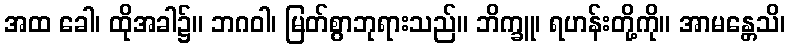
အထ ခေါ၊ ထိုအခါ၌။ ဘဂဝါ၊ မြတ်စွာဘုရားသည်။ ဘိက္ခူ၊ ရဟန်းတို့ကို။ အာမန္တေသိ၊